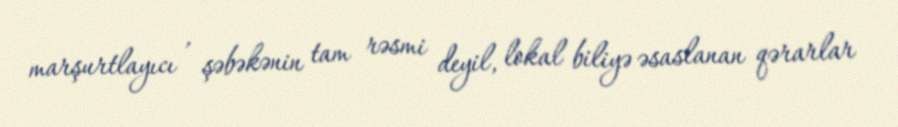
marşurtlayıcı , şəbəkənin tam rəsmi deyil, lokal biliyə əsaslanan qərarlar